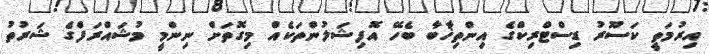
އިރުމަތީ ކަސޫރު ޑިސްޓްރިކްގެ އިންތިޚާބާ ބެހޭ އޮފިޝަލުންތަކެއް މިގޮތަށް ނިންމީ މުޝައްރަފްގެ ޝަރުތު